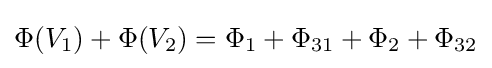
\Phi (V_{\text{1}})+\Phi (V_{\text{2}})=\Phi _{\text{1}}+\Phi _{\text{31}}+\Phi _{\text{2}}+\Phi _{\text{32}}